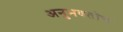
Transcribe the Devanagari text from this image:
अनुभवतोच